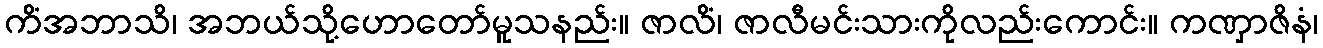
ကိံအဘာသိ၊ အဘယ်သို့ဟောတော်မူသနည်း။ ဇာလိံ၊ ဇာလီမင်းသားကိုလည်းကောင်း။ ကဏှာဇိနံ၊